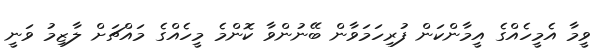
ވީމާ އެމީހެއްގެ އީމާންކަން ފުރިހަމަވާން ބޭނުންވާ ކޮންމެ މީހެއްގެ މައްޗަށް ލާޒިމު ވަނީ